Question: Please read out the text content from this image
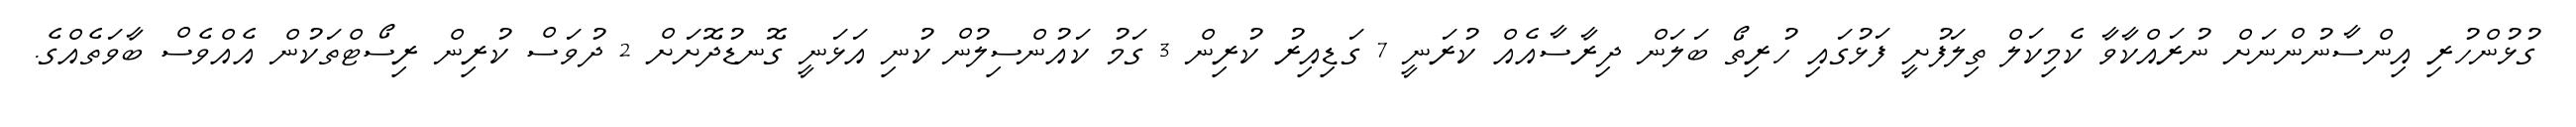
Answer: ގުޅުންހުރި އިންސާނުންނަށް ނުރައްކާވާ ކެމިކަލް ތިލަފުށީ ފަޅުގައި ހުރިތޯ ބަލަން ދިރާސާއެއް ކުރަނީ 7 ގަޑިއިރު ކުރިން 3 ގަމު ކައުންސިލުން ކުނި އަޅަނީ ގޮނޑުދޮށަށް 2 ދުވަސް ކުރިން ރިސޯޓްތަކުން އެއްވެސް ބާވަތެއްގެ.